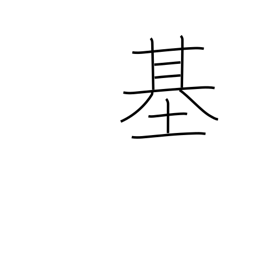
Meaning: counter for machines